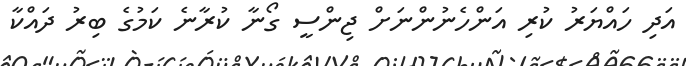
އަދި ހައްޔަރު ކުރި އަންހެނުންނަށް ޖިންސީ ގޯނާ ކުރާނެ ކަމުގެ ބިރު ދައްކާ